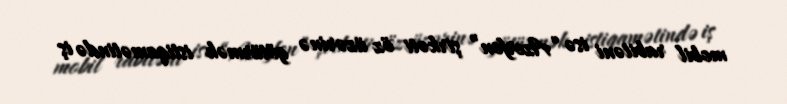
mobil rabitəni isə “Azerfon” şirkəti öz üzərinə götürmək istiqamətində iş